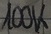
Text: 100K